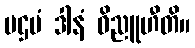
ပဌမံ ဒါနံ ဝိညူဟီတိ။